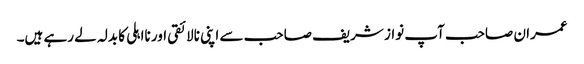
عمران صاحب آپ نواز شریف صاحب سے اپنی نالائقی اور نااہلی کا بدلہ لے رہے ہیں۔